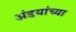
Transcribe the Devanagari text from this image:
अंडयांच्या